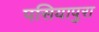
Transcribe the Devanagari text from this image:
पसियापुरा